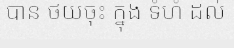
បាន ថយចុះ ក្នុង ទំហំ ដល់